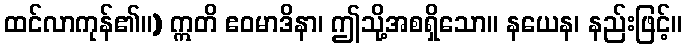
ထင်လာကုန်၏။) ဣတိ ဧဝမာဒိနာ၊ ဤသို့အစရှိသော။ နယေန၊ နည်းဖြင့်။